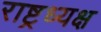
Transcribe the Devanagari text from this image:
राष्ट्रध्यक्ष